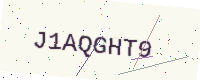
Text: J1AQGHT9